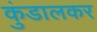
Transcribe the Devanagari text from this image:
कुंडालकर